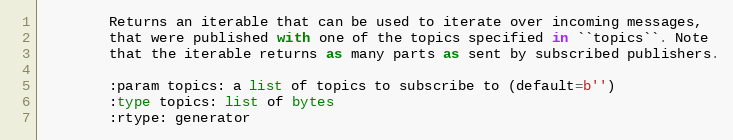
Language: Python
        Returns an iterable that can be used to iterate over incoming messages,
        that were published with one of the topics specified in ``topics``. Note
        that the iterable returns as many parts as sent by subscribed publishers.

        :param topics: a list of topics to subscribe to (default=b'')
        :type topics: list of bytes
        :rtype: generator